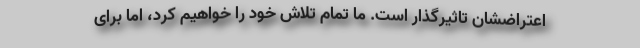
اعتراضشان تاثیرگذار است. ما تمام تلاش خود را خواهیم کرد، اما برای